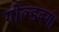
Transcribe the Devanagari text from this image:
गोल्डबर्ग।